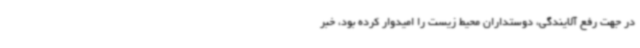
در جهت رفع آلایندگی، دوستداران محیط زیست را امیدوار کرده بود، خبر